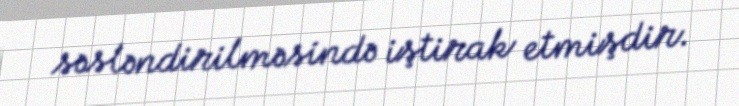
səsləndirilməsində iştirak etmişdir.